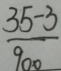
\frac { 3 5 - 3 } { 9 0 0 }